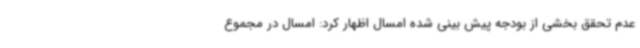
عدم تحقق بخشی از بودجه پیش بینی شده امسال اظهار کرد: امسال در مجموع